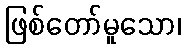
ဖြစ်တော်မူသော၊